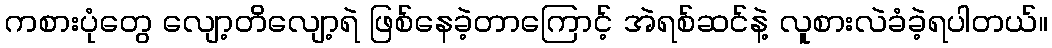
ကစားပုံတွေ လျော့တိလျော့ရဲ ဖြစ်နေခဲ့တာကြောင့် အဲရစ်ဆင်နဲ့ လူစားလဲခံခဲ့ရပါတယ်။